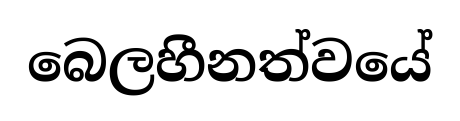
බෙලහීනත්වයේ